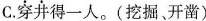
C.穿井得一人。(挖掘、开凿)